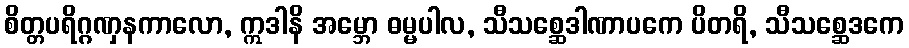
စိတ္တပရိဂ္ဂဏှနကာလော, ဣဒါနိ အမ္ဘော ဓမ္မပါလ, သီသစ္ဆေဒါဏာပကေ ပိတရိ, သီသစ္ဆေဒကေ